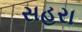
સહરા